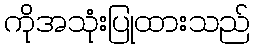
ကိုအသုံးပြုထားသည်